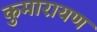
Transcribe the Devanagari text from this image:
कुमारायण